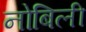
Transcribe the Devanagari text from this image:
नोबिली